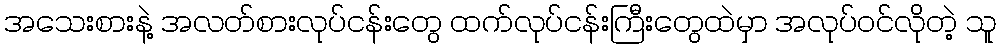
အသေးစားနဲ့ အလတ်စားလုပ်ငန်းတွေ ထက်လုပ်ငန်းကြီးတွေထဲမှာ အလုပ်ဝင်လိုတဲ့ သူ